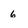
Character: 6